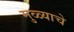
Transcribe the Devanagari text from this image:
मुळ्याचे